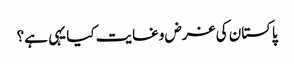
پاکستان کی غرض وغایت کیا یہی ہے؟